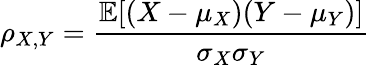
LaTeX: \rho_{X,Y}={\frac{\operatorname{\mathbb{E}}[(X-\mu_{X})(Y-\mu_{Y})]}{\sigma_{X}\sigma_{Y}}}